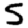
Digit: 5